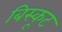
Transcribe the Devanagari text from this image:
बिस्कूट